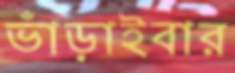
ভাঁড়াইবার